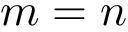
m = n